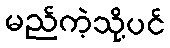
မည်ကဲ့သို့ပင်